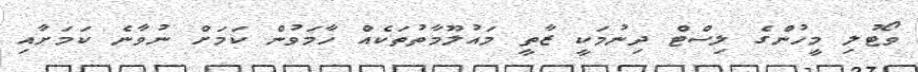
ވޯޓުލި މީހުންގެ ލިސްޓް ދިނުމަކީ ޒާތީ މައުލޫމާތުތަކެއް ހާމަވުން ކަމަށް ނުވާނެ ކަމަށާއި